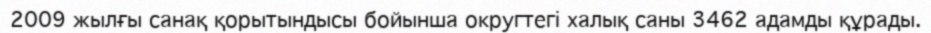
2009 жылғы санақ қорытындысы бойынша округтегі халық саны 3462 адамды құрады.